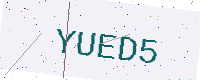
Text: YUED5